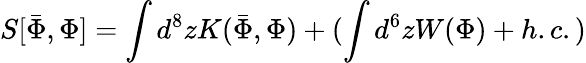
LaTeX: S[\bar{\Phi},\Phi]=\int d^{8}zK(\bar{\Phi},\Phi)+(\int d^{6}zW(\Phi)+h.c.)